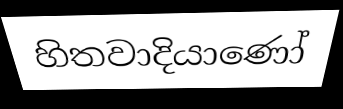
හිතවාදියාණෝ